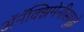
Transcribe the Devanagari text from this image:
अॅनॅक्झिमेनीसपुढे